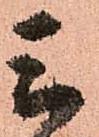
三